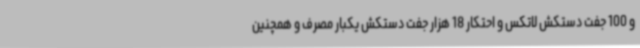
و 100 جفت دستکش لاتکس و احتکار 18 هزار جفت دستکش یکبار مصرف و همچنین